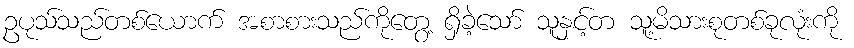
ဥပုသ်သည်တစ်ယောက် အစာစားသည်ကိုတွေ့ ရှိခဲ့သော် သူနှင့်တ သူ့မိသားစုတစ်ခုလုံးကို